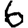
Digit: 6